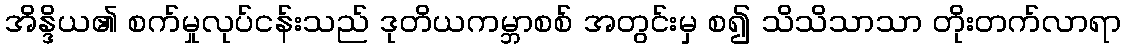
အိန္ဒိယ၏ စက်မှုလုပ်ငန်းသည် ဒုတိယကမ္ဘာစစ် အတွင်းမှ စ၍ သိသိသာသာ တိုးတက်လာရာ